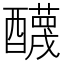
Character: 𨣱